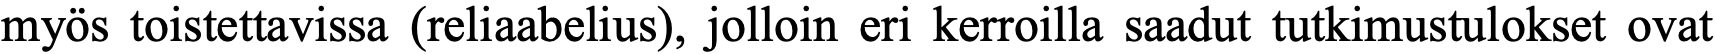
myös toistettavissa (reliaabelius), jolloin eri kerroilla saadut tutkimustulokset ovat